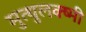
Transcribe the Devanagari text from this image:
मुत्थुलक्ष्मी